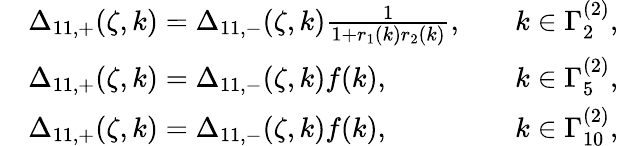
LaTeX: \begin{array}{rlrl}&{\Delta_{11,+}(\zeta,k)=\Delta_{11,-}(\zeta,k)\frac{1}{1+r_{1}(k)r_{2}(k)},}&&{k\in\Gamma_{2}^{(2)},}\\ &{\Delta_{11,+}(\zeta,k)=\Delta_{11,-}(\zeta,k)f(k),}&&{k\in\Gamma_{5}^{(2)},}\\ &{\Delta_{11,+}(\zeta,k)=\Delta_{11,-}(\zeta,k)f(k),}&&{k\in\Gamma_{10}^{(2)},}\end{array}